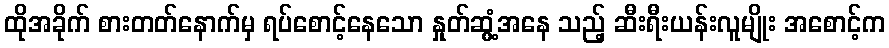
ထိုအခိုက် စားတတ်နောက်မှ ရပ်စောင့်နေသော နှုတ်ဆွံ့အနေ သည့် ဆီးရီးယန်းလူမျိုး အစောင့်က